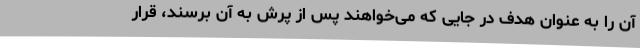
آن را به عنوان هدف در جایی که می‌خواهند پس از پرش به آن برسند، قرار